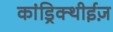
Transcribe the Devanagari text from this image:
कांड्रिक्थीईज़